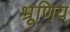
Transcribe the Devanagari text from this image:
भ्रूणिय